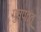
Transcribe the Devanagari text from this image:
पुष्पतंतू